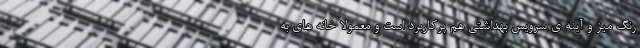
رنگ میز و آینه ی سرویس بهداشتی هم پرکاربرد است و معمولا خانه های به